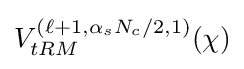
V_{tRM}^{(\ell +1,\alpha _{s}N_{c}/2,1)}(\chi )